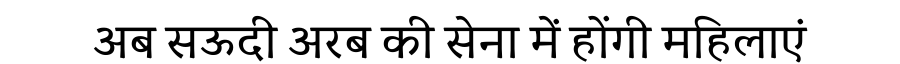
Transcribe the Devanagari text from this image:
अब सऊदी अरब की सेना में होंगी महिलाएं